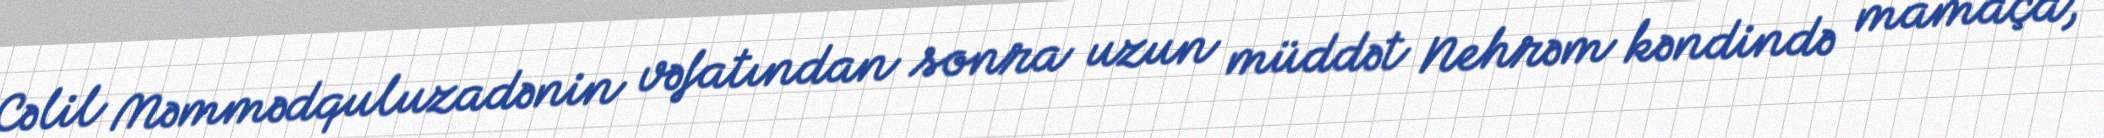
Cəlil Məmmədquluzadənin vəfatından sonra uzun müddət Nehrəm kəndində mamaça,